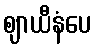
ဈာယီနံပေ